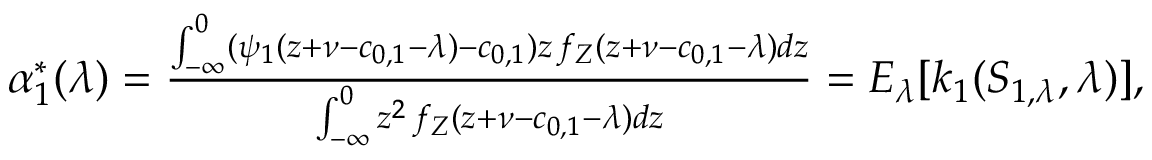
\begin{array} { r } { \alpha _ { 1 } ^ { * } ( \lambda ) = \frac { \int _ { - \infty } ^ { 0 } ( \psi _ { 1 } ( z + \nu - c _ { 0 , 1 } - \lambda ) - c _ { 0 , 1 } ) z \, f _ { Z } ( z + \nu - c _ { 0 , 1 } - \lambda ) d z } { \int _ { - \infty } ^ { 0 } z ^ { 2 } \, f _ { Z } ( z + \nu - c _ { 0 , 1 } - \lambda ) d z } = E _ { \lambda } [ k _ { 1 } ( S _ { 1 , \lambda } , \lambda ) ] , } \end{array}